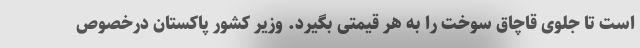
است تا جلوی قاچاق سوخت را به هر قیمتی بگیرد. وزیر کشور پاکستان درخصوص